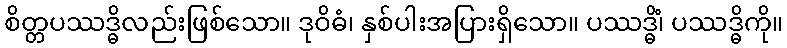
စိတ္တပဿဒ္ဓိလည်းဖြစ်သော။ ဒုဝိဓံ၊ နှစ်ပါးအပြားရှိသော။ ပဿဒ္ဓိံ၊ ပဿဒ္ဓိကို။